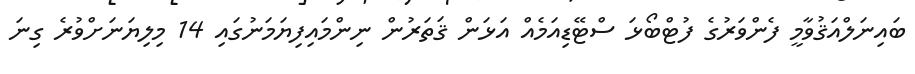
ބައިނަލްއަޤުވާމީ ފެންވަރުގެ ފުޓްބޯޅަ ސްޓޭޑިއަމެއް އަޅަން ޤަތަރުން ނިންމައިފިޔަމަނުގައި 14 މިލިޔަނަށްވުރެ ގިނަ